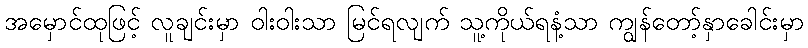
အမှောင်ထုဖြင့် လူချင်းမှာ ဝါးဝါးသာ မြင်ရလျက် သူ့ကိုယ်ရနံ့သာ ကျွန်တော့်နှာခေါင်းမှာ